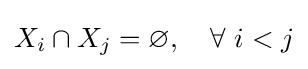
X_{i}\cap X_{j}=\varnothing ,\quad \forall \ i<j